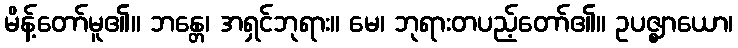
မိန့်တော်မူ၏။ ဘန္တေ၊ အရှင်ဘုရား။ မေ၊ ဘုရားတပည့်တော်၏။ ဥပဇ္ဈာယော၊